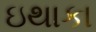
ઇથાકા